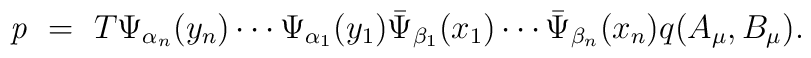
{\it p} \ = \ T  \Psi_{\alpha_n}(y_n) \cdots \Psi_{\alpha_1}(y_1) \bar{\Psi}_{\beta_1}(x_1) \cdots \bar{\Psi}_{\beta_n}(x_n) q(A_\mu, B_\mu).